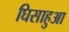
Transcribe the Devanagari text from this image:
घिसाहुआ